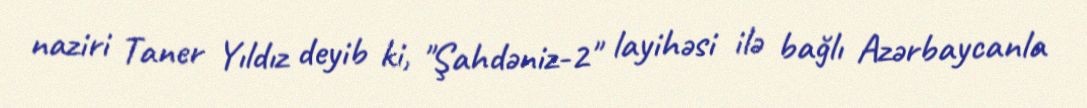
naziri Taner Yıldız deyib ki, "Şahdəniz-2" layihəsi ilə bağlı Azərbaycanla